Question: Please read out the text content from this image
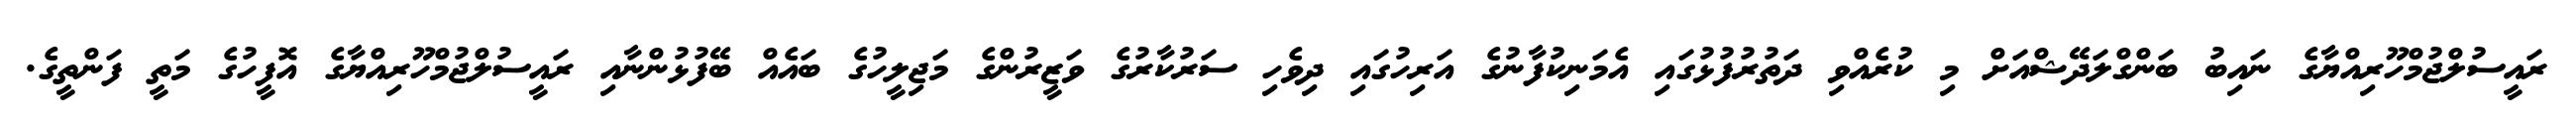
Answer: ރައީސުލްޖުމްހޫރިއްޔާގެ ނައިބު ބަންގްލަދޭޝްއަށް މި ކުރެއްވި ދަތުރުފުޅުގައި އެމަނިކުފާނުގެ އަރިހުގައި ދިވެހި ސަރުކާރުގެ ވަޒީރުންގެ މަޖިލީހުގެ ބައެއް ބޭފުޅުންނާއި ރައީސުލްޖުމްހޫރިއްޔާގެ އޮފީހުގެ މަތީ ފަންތީގެ.